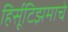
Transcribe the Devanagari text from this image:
हिर्सूटिझमाचे